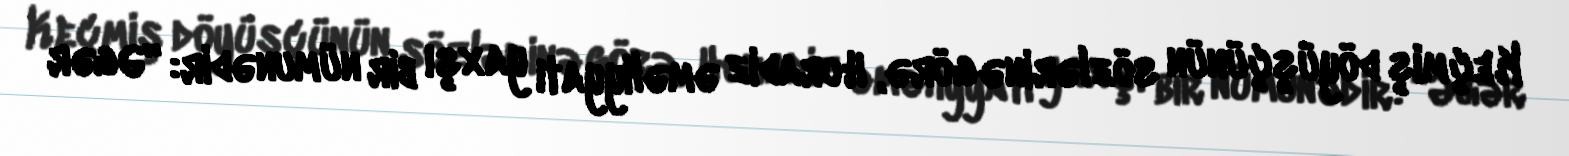
Keçmiş döyüşçünün sözlərinə görə, Horadiz əməliyyatı yaxşı bir nümunədir: “Əgər